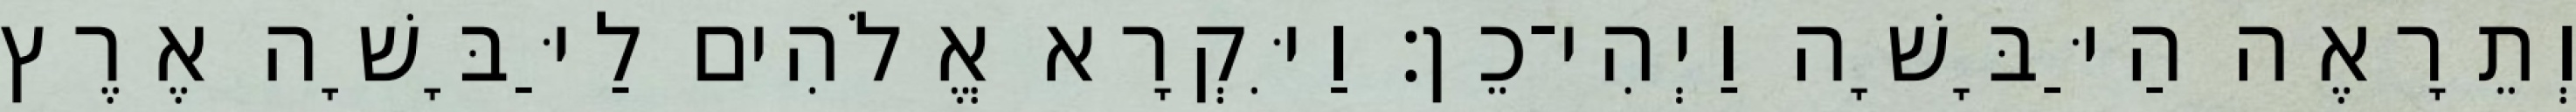
וְתֵרָאֶה הַיַּבָּשָׁה וַיְהִי־כֵן׃ וַיִּקְרָא אֱלֹהִים לַיַּבָּשָׁה אֶרֶץ